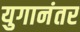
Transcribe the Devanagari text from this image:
युगानंतर